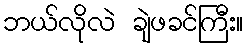
ဘယ်လိုလဲ ချဲဖခင်ကြီး။